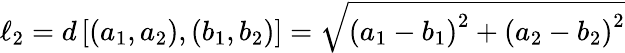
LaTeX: \ell_{2}=d\left[\left(a_{1},a_{2}\right),\left(b_{1},b_{2}\right)\right]={\sqrt{\left(a_{1}-b_{1}\right)^{2}+\left(a_{2}-b_{2}\right)^{2}}}